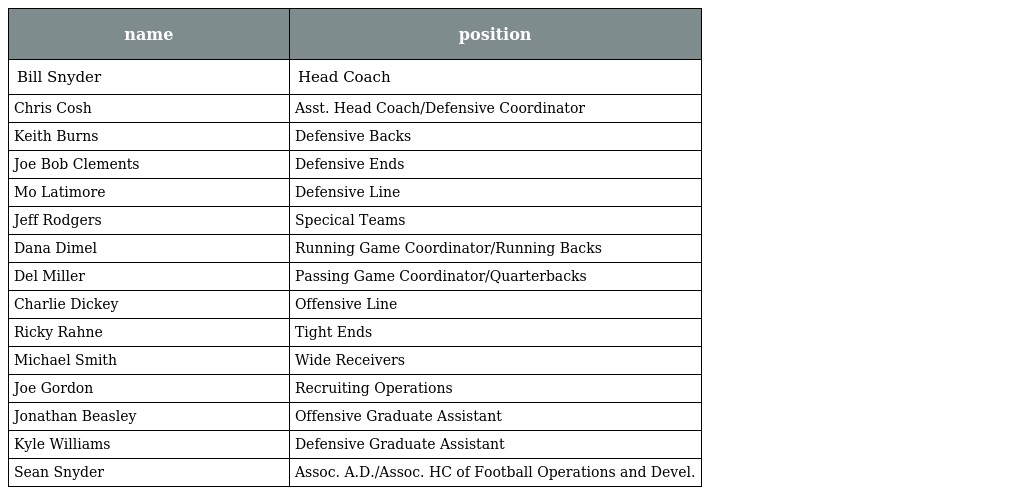
| name | position |
 | --- | --- |
 | Bill Snyder | Head Coach |
 | Chris Cosh | Asst. Head Coach/Defensive Coordinator |
 | Keith Burns | Defensive Backs |
 | Joe Bob Clements | Defensive Ends |
 | Mo Latimore | Defensive Line |
 | Jeff Rodgers | Specical Teams |
 | Dana Dimel | Running Game Coordinator/Running Backs |
 | Del Miller | Passing Game Coordinator/Quarterbacks |
 | Charlie Dickey | Offensive Line |
 | Ricky Rahne | Tight Ends |
 | Michael Smith | Wide Receivers |
 | Joe Gordon | Recruiting Operations |
 | Jonathan Beasley | Offensive Graduate Assistant |
 | Kyle Williams | Defensive Graduate Assistant |
 | Sean Snyder | Assoc. A.D./Assoc. HC of Football Operations and Devel. |